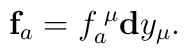
\mathbf{f}_{a}=f_{a}^{\;\mu }\mathbf{d}y_{\mu }.